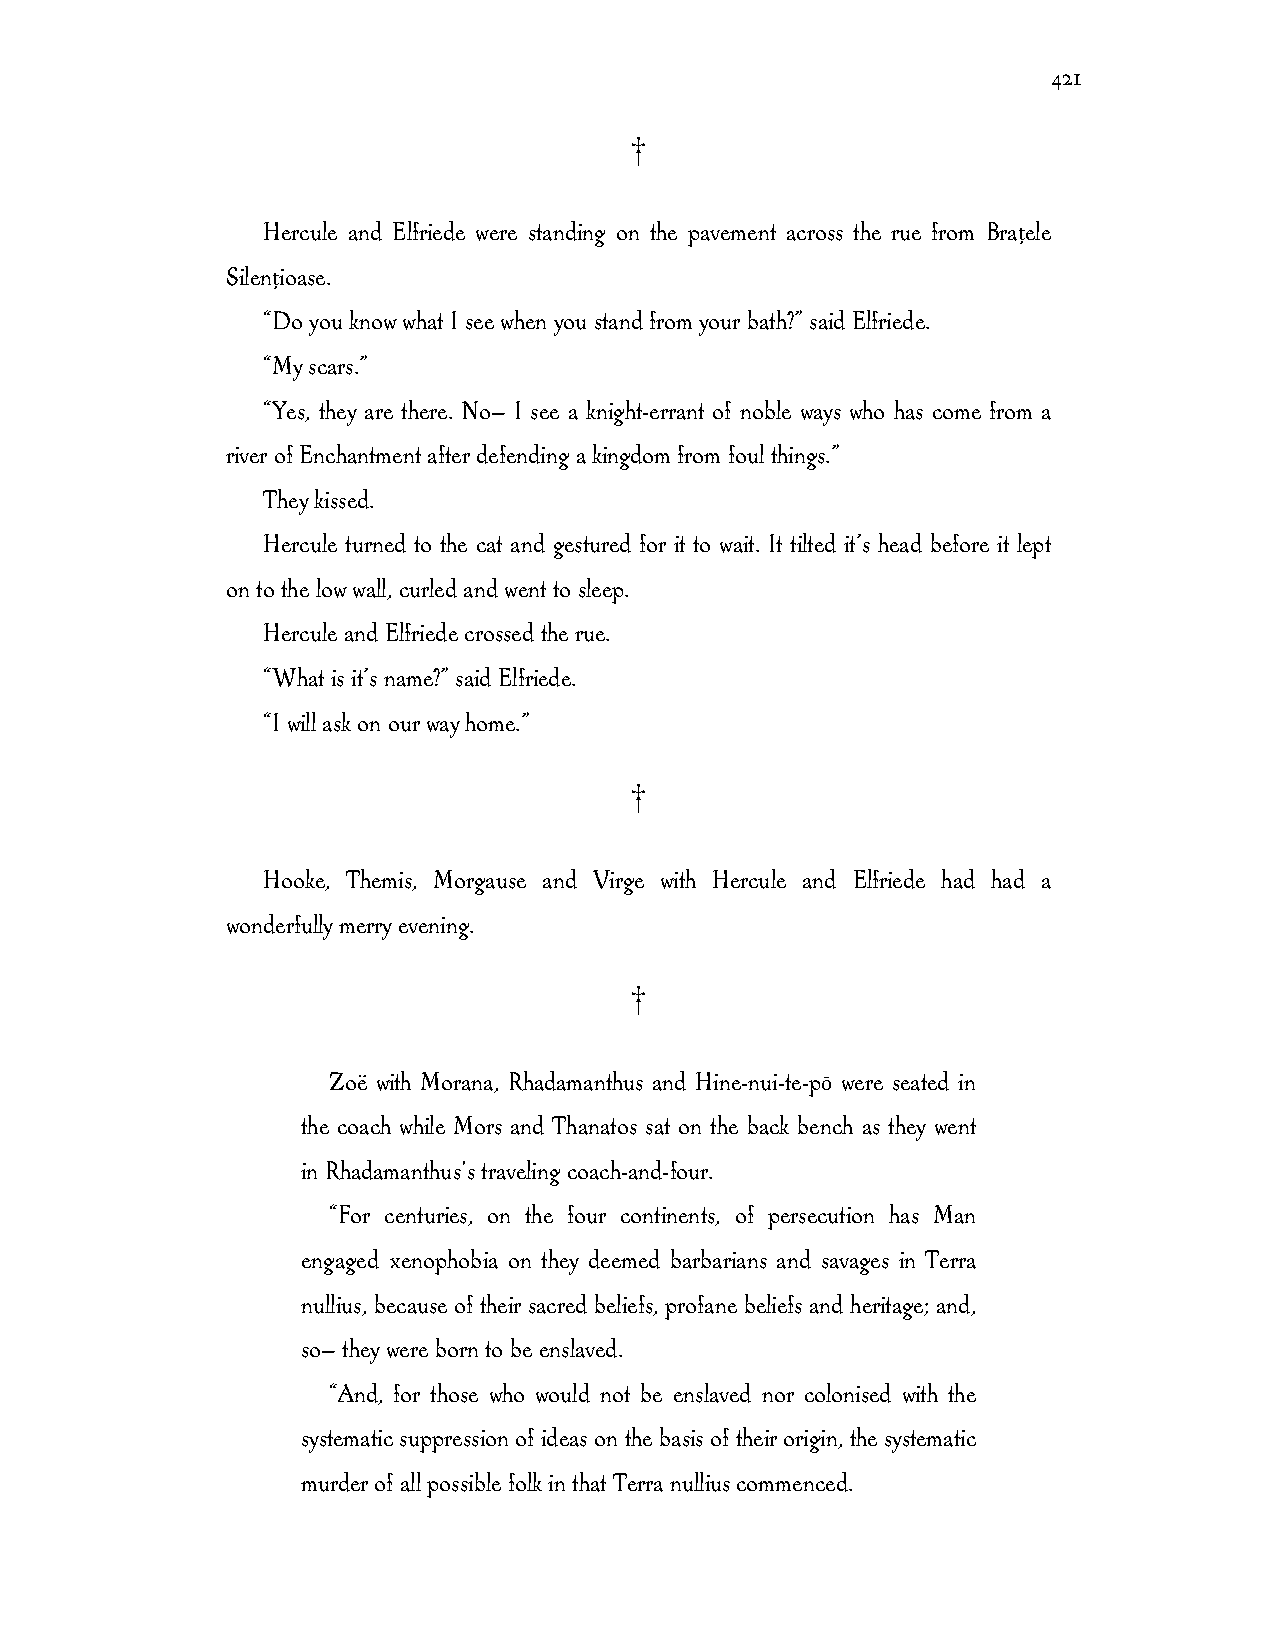
421
 †
 Hercule and Elfriede were standing on the pavement across the rue from Brațele
 Silențioase.
 “Do you know what I see when you stand from your bath?” said Elfriede.
 “My scars.”
 “Yes, they are there. No— I see a knight-errant of noble ways who has come from a
 river of Enchantment after defending a kingdom from foul things.”
 They kissed.
 Hercule turned to the cat and gestured for it to wait. It tilted it’s head before it lept
 on to the low wall, curled and went to sleep.
 Hercule and Elfriede crossed the rue.
 “What is it’s name?” said Elfriede.
 “I will ask on our way home.”
 †
 Hooke, Themis, Morgause and Virge with Hercule and Elfriede had had a
 wonderfully merry evening.
 †
 Zoë with Morana, Rhadamanthus and Hine-nui-te-pō were seated in
 the coach while Mors and Thanatos sat on the back bench as they went
 in Rhadamanthus's traveling coach-and-four.
 “For centuries, on the four continents, of persecution has Man
 engaged xenophobia on they deemed barbarians and savages in Terra
 nullius, because of their sacred beliefs, profane beliefs and heritage; and,
 so— they were born to be enslaved.
 “And, for those who would not be enslaved nor colonised with the
 systematic suppression of ideas on the basis of their origin, the systematic
 murder of all possible folk in that Terra nullius commenced.